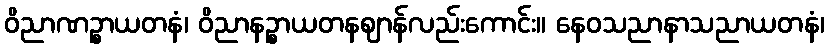
ဝိညာဏဉ္စာယတနံ၊ ဝိညာနဉ္စာယတနဈာန်လည်းကောင်း။ နေဝသညာနာသညာယတနံ၊